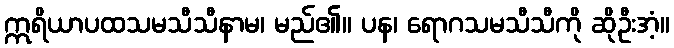
ဣရိယာပထသမသီသီနာမ၊ မည်၏။ ပန၊ ရောဂသမသီသီကို ဆိုဦးအံ့။